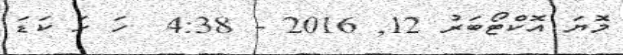
މޮޔަ އޮކްޓޯބަރު 12